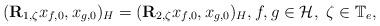
LaTeX: \begin{align*}(\mathbf R_{1,\zeta} x_{f,0}, x_{g,0})_H = (\mathbf R_{2,\zeta} x_{f,0}, x_{g,0})_H,f,g\in\mathcal{H},\ \zeta\in\mathbb{T}_e,\end{align*}